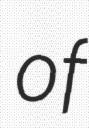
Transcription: of